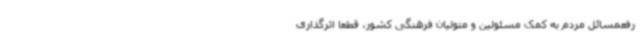
رفعمسائل مردم به کمک مسئولین و متولیان فرهنگی کشور، قطعا اثرگذاری